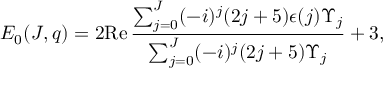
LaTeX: { \cal E } _ { 0 } ( J , q ) = 2 \mathrm { R e } \, \frac { \sum _ { j = 0 } ^ { J } ( - i ) ^ { j } ( 2 j + 5 ) \epsilon ( j ) { \mit \Upsilon } _ { j } } { \sum _ { j = 0 } ^ { J } ( - i ) ^ { j } ( 2 j + 5 ) { \mit \Upsilon } _ { j } } + 3 ,